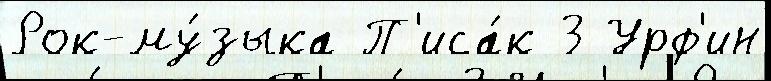
Рок-му́зыка П'иса́к 3 Урф'ин